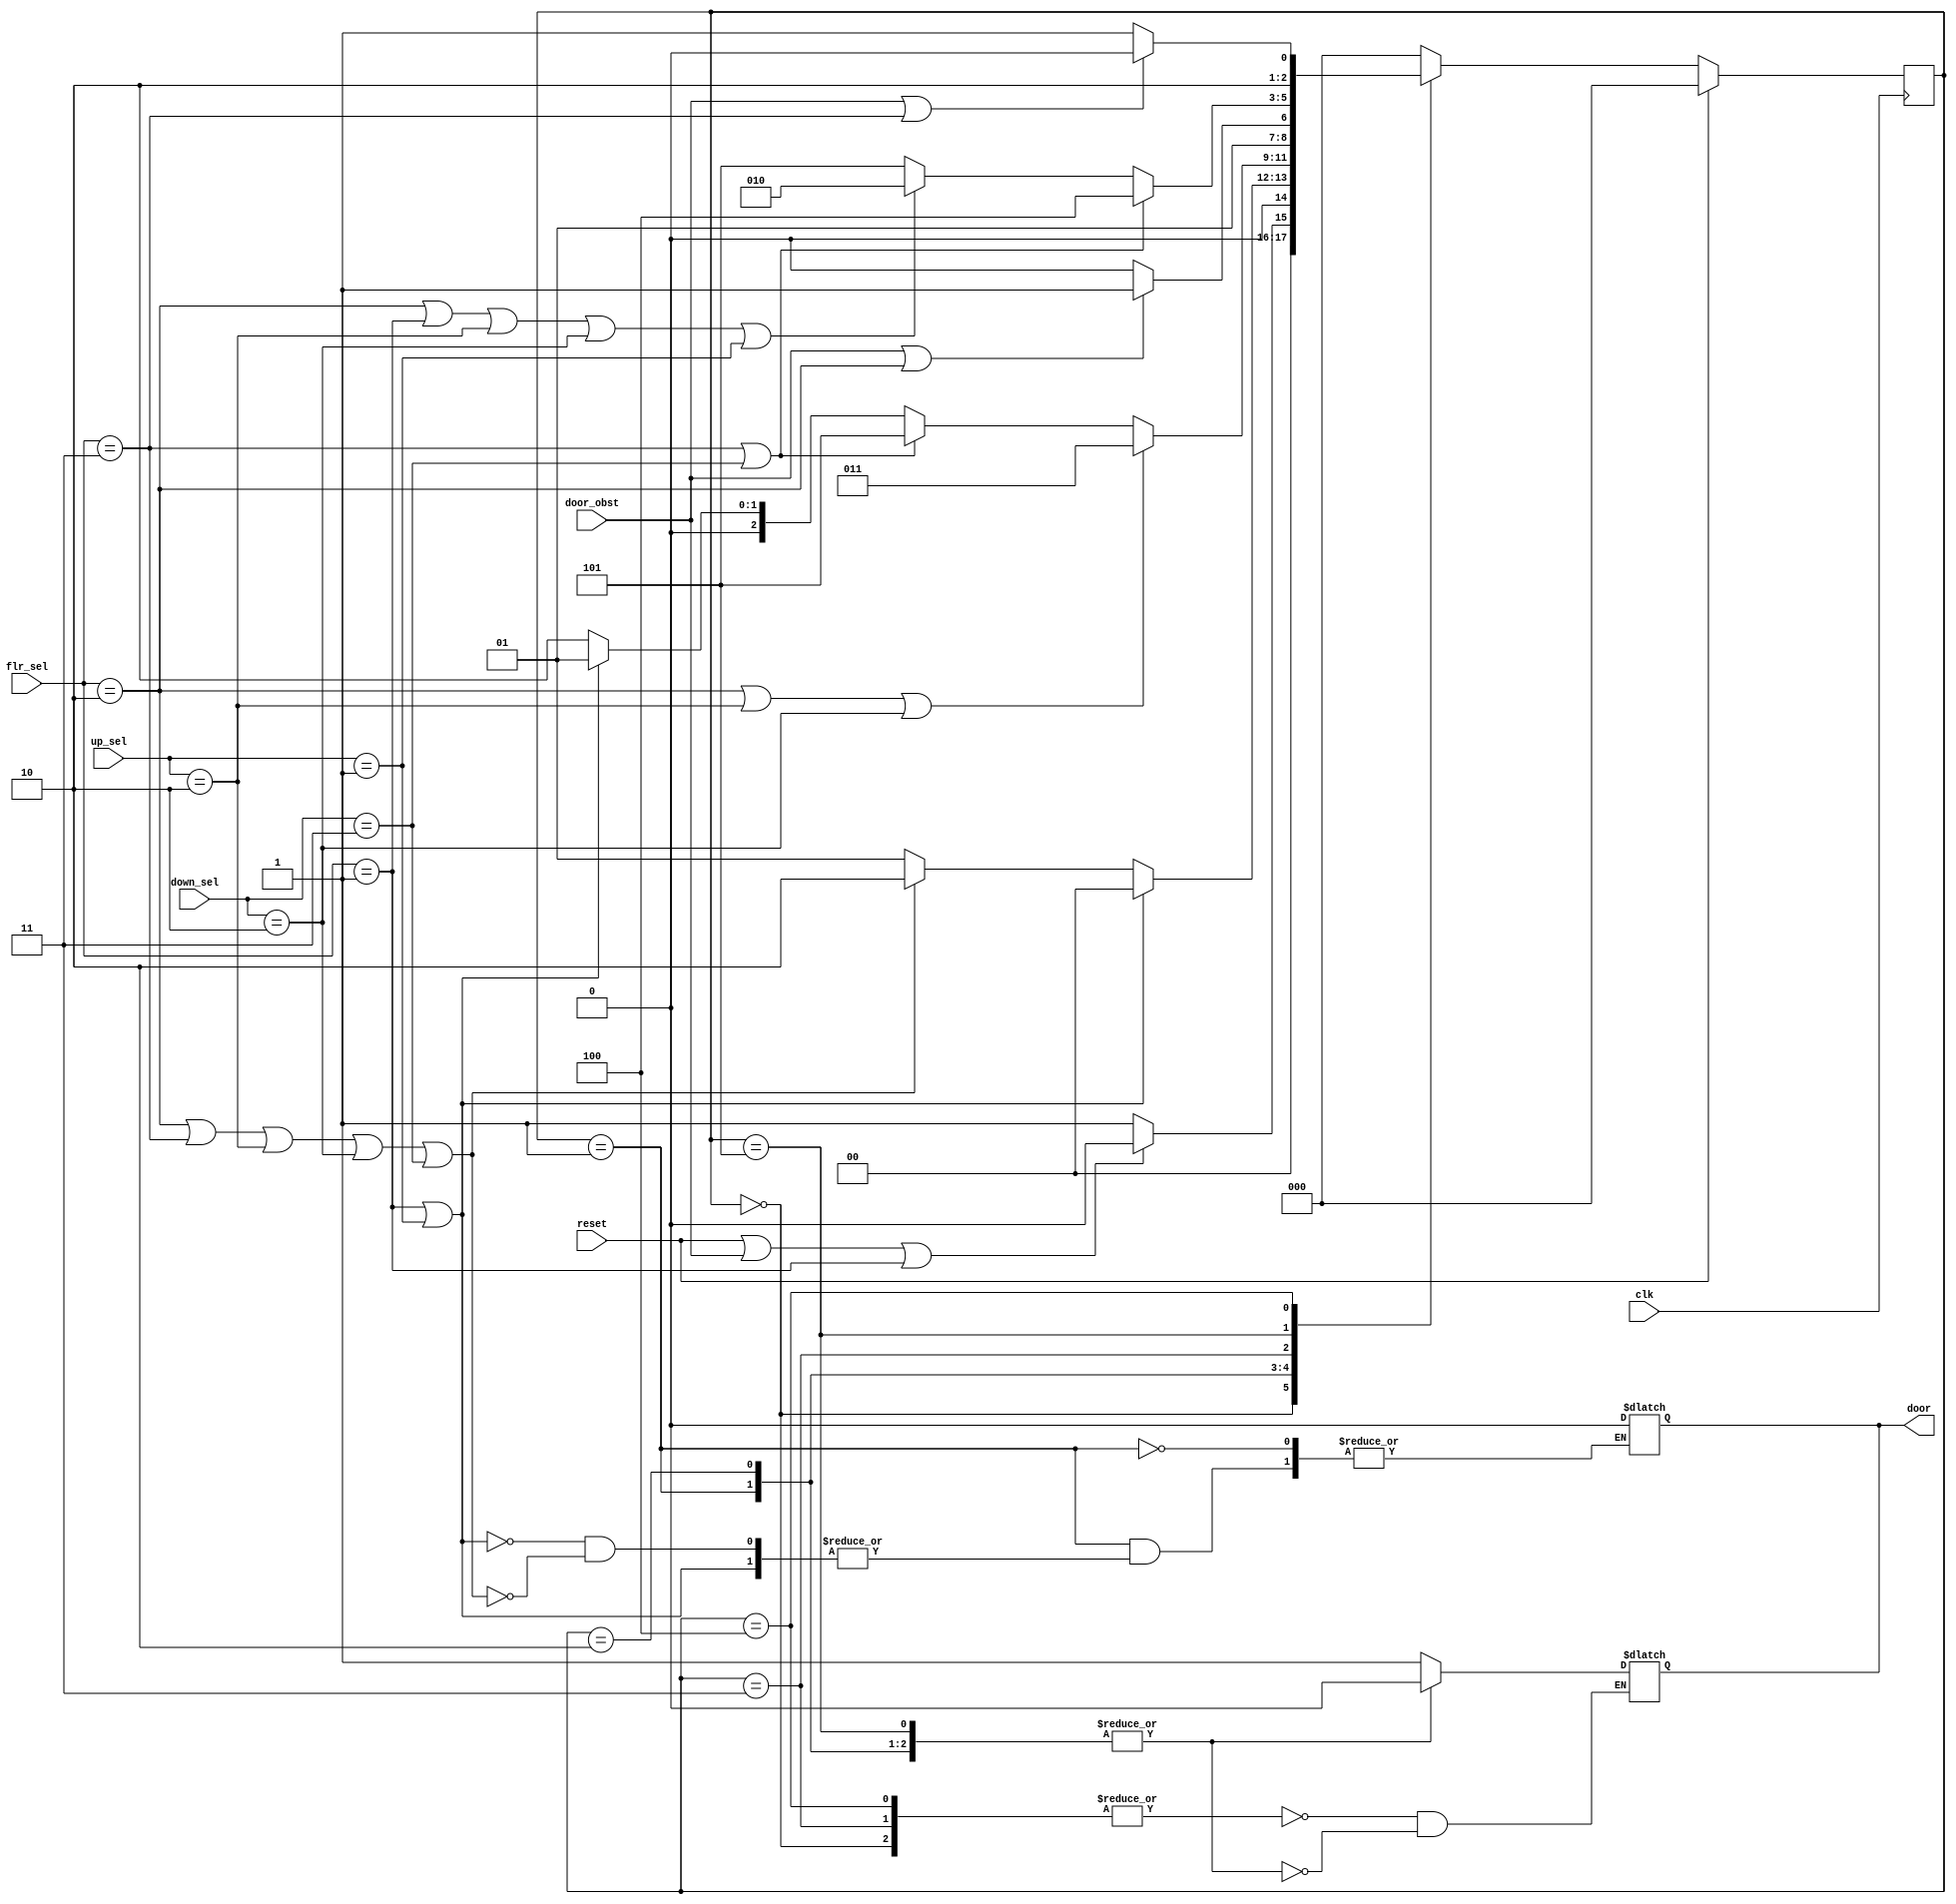
`timescale 1ns / 1ps

module Lift_Ctrl_sys(clk, reset, flr_sel, up_sel, down_sel, door_obst, door);
input [1:0] flr_sel, up_sel, down_sel;
input door_obst, clk, reset;
output reg door;
reg [1:0] flr_rchd;

parameter[2:0] flr1_door_open = 3'b000;
parameter[2:0] flr1_door_close = 3'b001;
parameter[2:0] flr2_door_open = 3'b011;
parameter[2:0] flr2_door_close = 3'b010;
parameter[2:0] flr3_door_open = 3'b100;
parameter[2:0] flr3_door_close = 3'b101;
 
reg [2:0] current_state;
reg [2:0] next_state;
 
always @(posedge clk)
begin
if(reset == 1)
current_state <= flr1_door_open;
else 
current_state <= next_state;
end  

always @(current_state, flr_sel, up_sel, down_sel, door_obst)
begin
case(current_state) 
    flr1_door_open:
    if (reset == 1 || door_obst == 1 || flr_sel == 2'b01) begin
        next_state <= flr1_door_open;
        flr_rchd <= 01;
        end
    else begin
        next_state <= flr1_door_close;
        flr_rchd <= 01;
        end
 
    flr1_door_close:
    if (flr_sel == 2'b01 || up_sel == 2'b01) begin
        next_state <= flr1_door_open;
        flr_rchd <= 01;
        end
    else if (flr_sel == 2'b10 || flr_sel == 2'b11 || up_sel == 2'b10 || down_sel == 2'b10 || down_sel == 2'b11) begin
        next_state <= flr2_door_close;
        flr_rchd <= 10;
        door <= 0;
        end
    else begin
        next_state <= flr1_door_close;
        flr_rchd <= 01;
        end     
 
    flr2_door_close:
    if (flr_sel == 2'b10 || up_sel == 2'b10 || down_sel == 2'b10)begin
        next_state <= flr2_door_open;
        flr_rchd <= 10;
        end
    else if (flr_sel == 2'b11 || down_sel == 2'b11)begin
        next_state <= flr3_door_close;
        flr_rchd <= 11;
        end
    else if (flr_sel == 2'b01 || up_sel == 2'b01)begin
        next_state <= flr1_door_close;
        flr_rchd <= 01;
        end
    else begin
        next_state <= flr2_door_close;
        flr_rchd <= 10;
        end 
 
    flr2_door_open:
    if (door_obst == 1 || flr_sel == 2'b10) begin
        next_state <= flr2_door_open;
        flr_rchd <= 10;
        end
    else begin
        next_state <= flr2_door_close;
        flr_rchd <= 10;
        end
 
    flr3_door_close:
    if (flr_sel == 2'b11 || down_sel == 2'b11) begin
        next_state <= flr3_door_open;
        flr_rchd <= 11;
        end
    else if (flr_sel == 2'b10 || flr_sel == 2'b01 || up_sel == 2'b10 || down_sel == 2'b10 || up_sel == 2'b01) begin
        next_state <= flr2_door_close;
        flr_rchd <= 10;
        end
     else begin
        next_state <= flr3_door_close;
        flr_rchd <= 11;
        end 
 
    flr3_door_open:
    if (door_obst == 1 || flr_sel == 2'b11) begin
        next_state <= flr3_door_open;
        flr_rchd <=11;
        end
    else begin
        next_state <= flr3_door_close;
        flr_rchd <= 11;
        end
 
    default:
        begin
        next_state <= flr1_door_open; 
        flr_rchd <= 01;
        end
endcase
end

always @(current_state)
begin
case (current_state)
    flr1_door_open, flr2_door_open, flr3_door_open:
        door <= 1;
    flr1_door_close, flr2_door_close, flr3_door_close:
        door <= 0;
endcase
end
endmodule